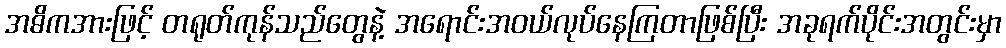
အဓိကအားဖြင့် တရုတ်ကုန်သည်တွေနဲ့ အရောင်းအဝယ်လုပ်နေကြတာဖြစ်ပြီး အခုရက်ပိုင်းအတွင်းမှာ